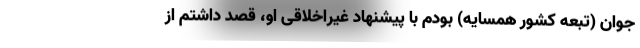
جوان (تبعه کشور همسایه) بودم با پیشنهاد غیراخلاقی او، قصد داشتم از